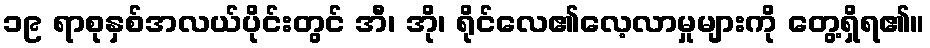
၁၉ ရာစုနှစ်အလယ်ပိုင်းတွင် အီ၊ အို၊ ရိုင်လေ၏လေ့လာမှုများကို တွေ့ရှိရ၏။